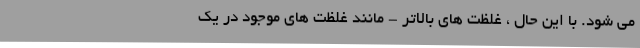
می شود. با این حال ، غلظت های بالاتر - مانند غلظت های موجود در یک